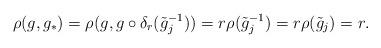
LaTeX: \begin{align*}\rho(g,g_*) = \rho(g, g \circ \delta_r( \tilde g_j^{-1} )) = r \rho(\tilde g_j^{-1})= r \rho(\tilde g_j) =r.\end{align*}